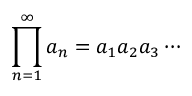
\prod _ { n = 1 } ^ { \infty } a _ { n } = a _ { 1 } a _ { 2 } a _ { 3 } \cdots